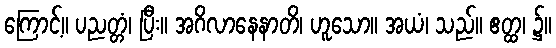
ကြောင့်။ ပညတ္တံ၊ ပြီး။ အဂိလာနေနာတိ၊ ဟူသော။ အယံ၊ သည်။ ဧတ္ထ၊ ၌။